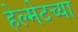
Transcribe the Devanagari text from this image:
हेल्मेटच्या